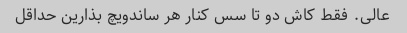
عالی. فقط کاش دو تا سس کنار هر ساندویچ بذارین حداقل